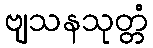
ဗျသနသုတ္တံ